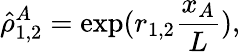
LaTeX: \hat{\rho}_{1,2}^{A}=\exp(r_{1,2}\frac{x_{A}}{L}),